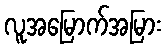
လူအမြောက်အမြား